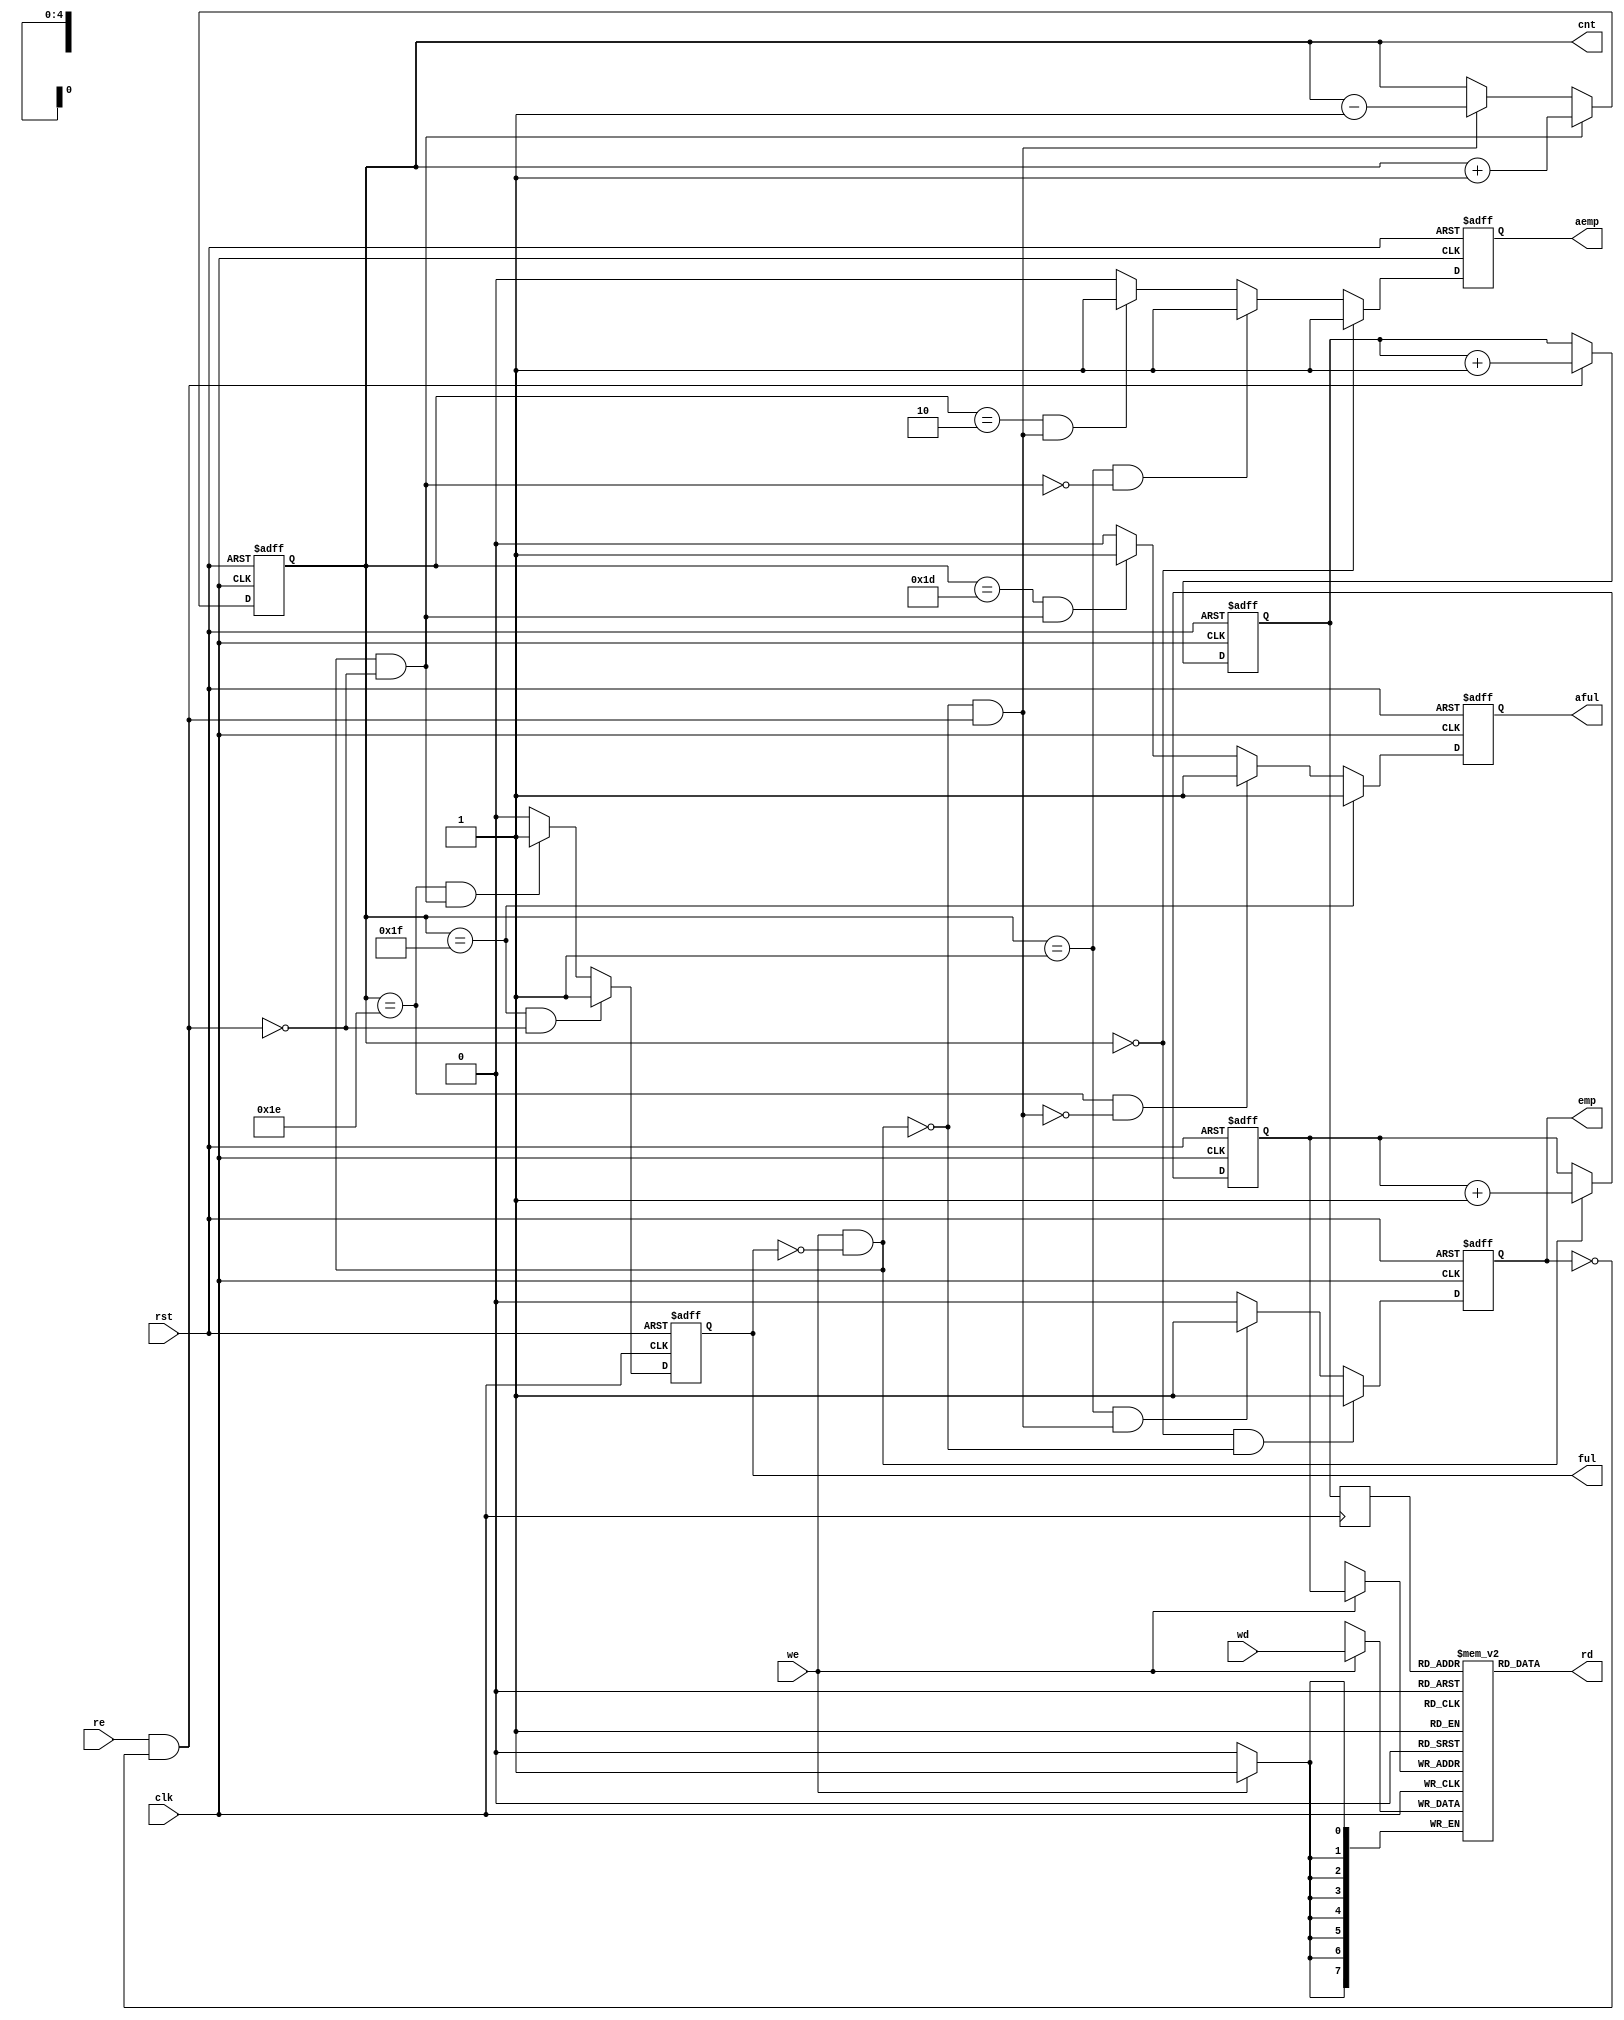
/*-------------------------------------------------------------------------
 Synchronous FIFO, 8-bit, 31 depth
 
 File name   : syncfifo_8x31.v
 Version     : 1.0
 Created     : APR/02/2012
 Last update : APR/11/2012
 Desgined by : Toshihiro Katashita

 
 Copyright (C) 2012 AIST
 
 By using this code, you agree to the following terms and conditions.

 This code is copyrighted by AIST ("us").

 Permission is hereby granted to copy, reproduce, redistribute or
 otherwise use this code as long as: there is no monetary profit gained
 specifically from the use or reproduction of this code, it is not sold,
 rented, traded or otherwise marketed, and this copyright notice is
 included prominently in any copy made.

 We shall not be liable for any damages, including without limitation
 direct, indirect, incidental, special or consequential damages arising
 from the use of this code.

 When you publish any results arising from the use of this code, we will
 appreciate it if you can cite our webpage.
(http://www.risec.aist.go.jp/project/sasebo/)
  -------------------------------------------------------------------------*/ 


//================================================ SYNCFIFO_8x31
module SYNCFIFO_8x31
  (wd, we, ful, aful, // Write port
   rd, re, emp, aemp, // Read port
   cnt, clk, rst);    // Clock, reset, and data count
   parameter WIDTH = 8;
   parameter DEPTH = 5;
   parameter MEM_DEPTH = (1<<DEPTH)-1;

   //------------------------------------------------
   // Write port
   input [WIDTH-1:0]  wd;        // Write data
   input              we;        // Write enable
   output             ful, aful; // FIFO full / almost full

   // Read port
   output [WIDTH-1:0] rd;        // Read data
   input              re;        // Read enable
   output             emp, aemp; // FIFO empty / almost empty
   output [DEPTH-1:0] cnt;       // Data count

   input              clk, rst;  // Clock and reset

   //------------------------------------------------
   wire               wr_enable;
   reg [DEPTH-1:0]    wa;
   //
   wire               rd_enable;
   reg [DEPTH-1:0]    ra;
   //
   wire               cnt_fwd, cnt_back;
   reg [DEPTH-1:0]    cnt;
   wire               async_ful, async_aful, async_bful;
   wire               async_emp, async_aemp, async_bemp;
   reg                ful, aful;
   reg                emp, aemp;

   //------------------------------------------------
   reg [WIDTH-1:0]    mem [0:MEM_DEPTH];
   reg [DEPTH-1:0]    ra1;

   //------------------------------------------------
   // write address
   assign wr_enable = we & ~ful;

   always @(posedge clk or posedge rst)
     if (rst)            wa <= 0;
     else if (wr_enable) wa <= wa + 1;

   // read address
   assign rd_enable = re & ~emp;

   always @(posedge clk or posedge rst)
     if (rst)            ra <= 0;
     else if (rd_enable) ra <= ra + 1;

   // data count
   assign cnt_fwd  = wr_enable & ~rd_enable;
   assign cnt_back = ~wr_enable & rd_enable;

   always @(posedge clk or posedge rst)
     if (rst)           cnt <= 0;
     else if (cnt_fwd)  cnt <= cnt + 1;
     else if (cnt_back) cnt <= cnt - 1;

   //------------------------------------------------
   // full, almost_full
   assign async_ful  = (cnt==MEM_DEPTH);
   assign async_aful = (cnt==MEM_DEPTH-1);
   assign async_bful = (cnt==MEM_DEPTH-2);

   always @(posedge clk or posedge rst)
     if (rst)                         ful <= 1;
     else if (async_ful & ~rd_enable) ful <= 1;
     else if (async_aful & cnt_fwd)   ful <= 1;
     else                             ful <= 0;

   always @(posedge clk or posedge rst)
     if (rst)                         aful <= 1;
     else if (async_ful)              aful <= 1;
     else if (async_aful & ~cnt_back) aful <= 1;
     else if (async_bful & cnt_fwd)   aful <= 1;
     else                             aful <= 0;

   //------------------------------------------------
   // empty, almost_empty
   assign async_emp  = (cnt==0);
   assign async_aemp = (cnt==1);
   assign async_bemp = (cnt==2);

   always @(posedge clk or posedge rst)
     if (rst)                         emp <= 1;
     else if (async_emp & ~wr_enable) emp <= 1;
     else if (async_aemp & cnt_back)  emp <= 1;
     else                             emp <= 0;

   always @(posedge clk or posedge rst)
     if (rst)                        aemp <= 1;
     else if (async_emp)             aemp <= 1;
     else if (async_aemp & ~cnt_fwd) aemp <= 1;
     else if (async_bemp & cnt_back) aemp <= 1;
     else                            aemp <= 0;

   //------------------------------------------------
   // FIFO memory
   always @(posedge clk) if (we) mem[wa] <= wd;
   always @(posedge clk) ra1 <= ra;
   assign rd = mem[ra1];
endmodule // SYNCFIFO_8x31